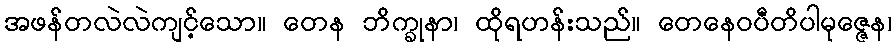
အဖန်တလဲလဲကျင့်သော။ တေန ဘိက္ခုနာ၊ ထိုရဟန်းသည်။ တေနေဝပီတိပါမုဇ္ဇေန၊